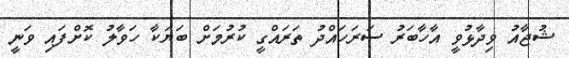
ޝުޖާއު ވިދާޅުވީ އާހާބަރު ސަރަހައްދު ތަރައްގީ ކުރުމަށް ބަޔަކާ ހަވާލު ކޮށްފައި ވަނީ